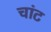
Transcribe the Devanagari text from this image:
चांट